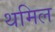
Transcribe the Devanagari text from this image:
थमिल